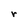
Character: r